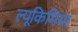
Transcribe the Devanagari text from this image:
ल्यूकिमिया